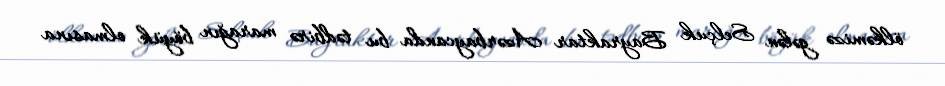
ölkəmizə gələn Selçuk Bayraktar Azərbaycanda bu tədbirə marağın böyük olmasına